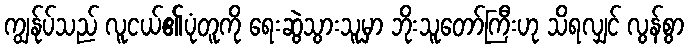
ကျွန်ုပ်သည် လူငယ်၏ပုံတူကို ရေးဆွဲသွားသူမှာ ဘိုးသူတော်ကြီးဟု သိရလျှင် လွန်စွာ